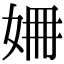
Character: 𡜜